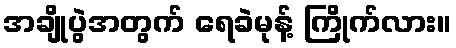
အချိုပွဲအတွက် ရေခဲမုန့် ကြိုက်လား။